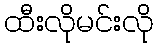
ထီးလိုမင်းလို